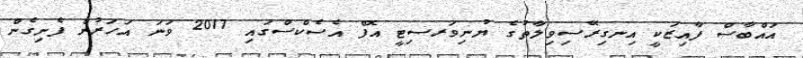
އައްބާސް ފާއިޒަކީ އިނގިރޭސިވިލާތުގެ ޔުނިވަރސިޓީ އޮފް އެސެކްސްގައި 2017 ވަނަ އަހަރުން ފެށިގެން